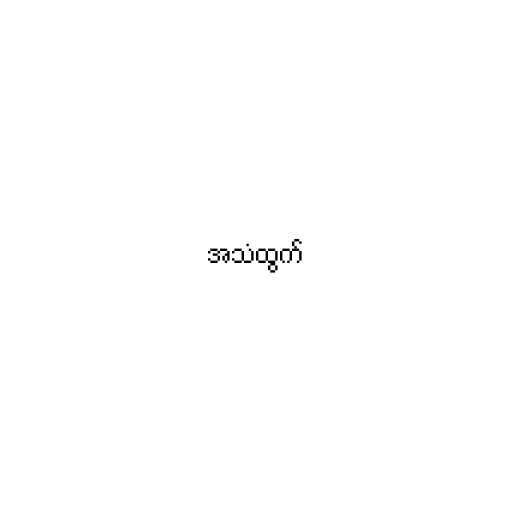
အသံထွက်